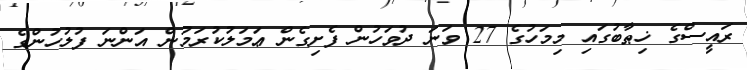
ރައީސްގެ ޚިޠާބުގައި މިމަހުގެ 27 ވަނަ ދުވަހުން ފެށިގެން ޢަމަލުކުރަމުން އަންނަ ފުލުހުންގެ